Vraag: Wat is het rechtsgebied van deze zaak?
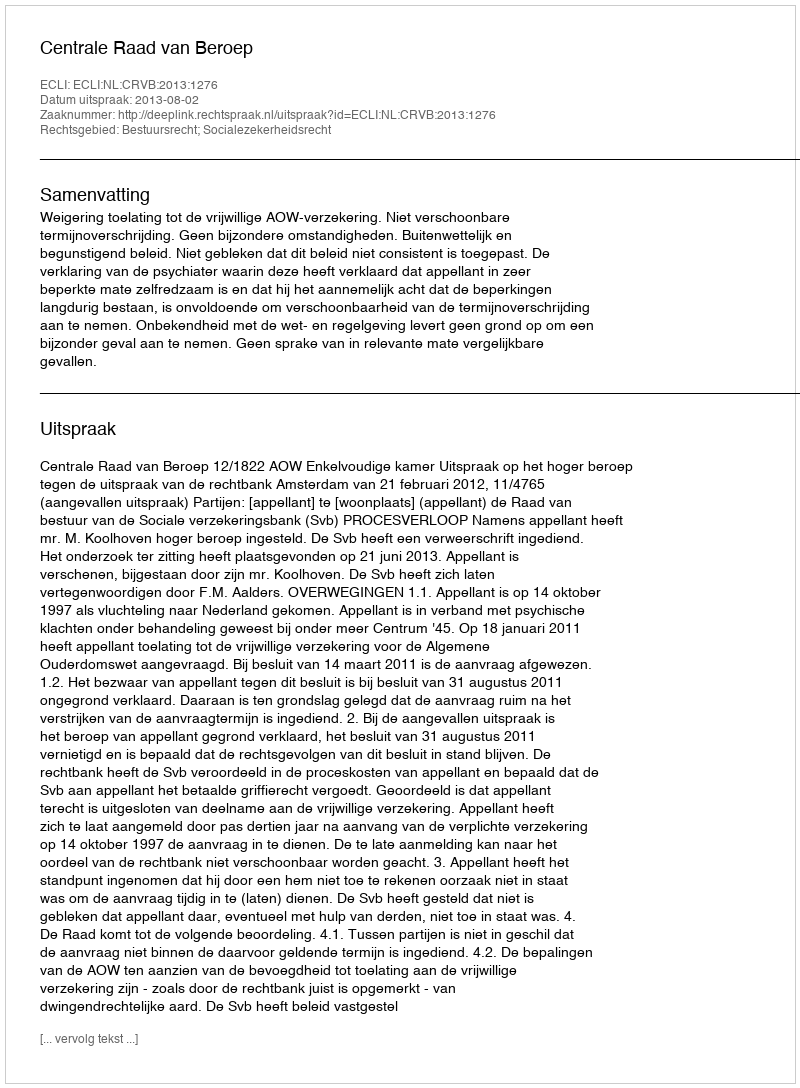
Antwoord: Bestuursrecht; Socialezekerheidsrecht